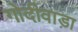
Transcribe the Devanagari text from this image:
गोदीवाड़ा